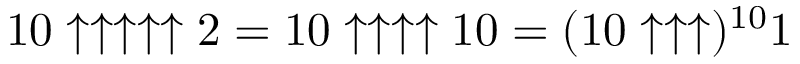
1 0 \uparrow \uparrow \uparrow \uparrow \uparrow 2 = 1 0 \uparrow \uparrow \uparrow \uparrow 1 0 = ( 1 0 \uparrow \uparrow \uparrow ) ^ { 1 0 } 1